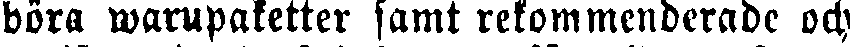
böra warupaketter samt rekommenderade och